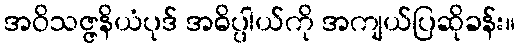
အဝိသဇ္ဇနိယံပုဒ် အဓိပ္ပါယ်ကို အကျယ်ပြဆိုခန်း။